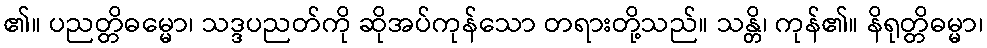
၏။ ပညတ္တိဓမ္မော၊ သဒ္ဒပညတ်ကို ဆိုအပ်ကုန်သော တရားတို့သည်။ သန္တိ၊ ကုန်၏။ နိရုတ္တိဓမ္မာ၊